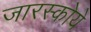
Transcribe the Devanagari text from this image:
जारस्कोये